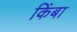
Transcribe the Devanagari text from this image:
किंबा